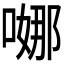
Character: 𭉺